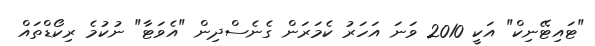
"ޓައިޓޭނިކް" އަކީ 2010 ވަނަ އަހަރު ކެމަރަން ގެނެސްދިން "އެވަޓާ" ނުކުމެ ރިކޯޑްތައް